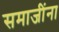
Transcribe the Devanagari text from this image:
समाजींना